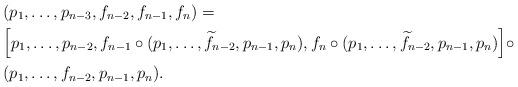
LaTeX: \begin{align*}& (p_{1},\ldots,p_{n-3},f_{n-2},f_{n-1},f_{n}) = \\& \Big[p_{1},\ldots,p_{n-2},f_{n-1}\circ (p_{1},\ldots,\widetilde{f}_{n-2},p_{n-1},p_{n}),f_{n}\circ (p_{1},\ldots,\widetilde{f}_{n-2},p_{n-1},p_{n}) \Big] \circ \\& (p_{1},\ldots,f_{n-2},p_{n-1},p_{n}).\end{align*}